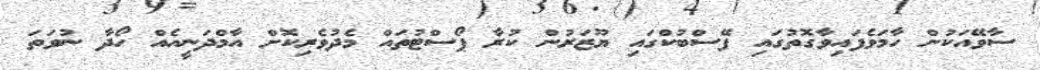
ސާވޭއަކުން ހާމަވެފައިވާގޮތުގައި ފޭސްބުކްގައި ޔޫޒަރުން ކުރާ ޕޯސްޓުތައް މެދުވެރިކޮށް އާމްދަނީއެއް ހޯދާ ނުވަތަ